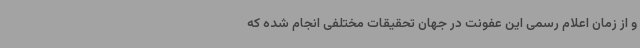
و از زمان اعلام رسمی این عفونت در جهان تحقیقات مختلفی انجام شده که